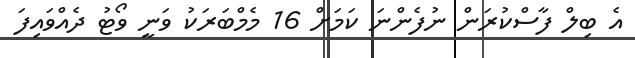
އެ ބިލް ފާސްކުރަން ނުފެންނަ ކަމަށް 16 މެމްބަރަކު ވަނީ ވޯޓު ދެއްވައިފަ